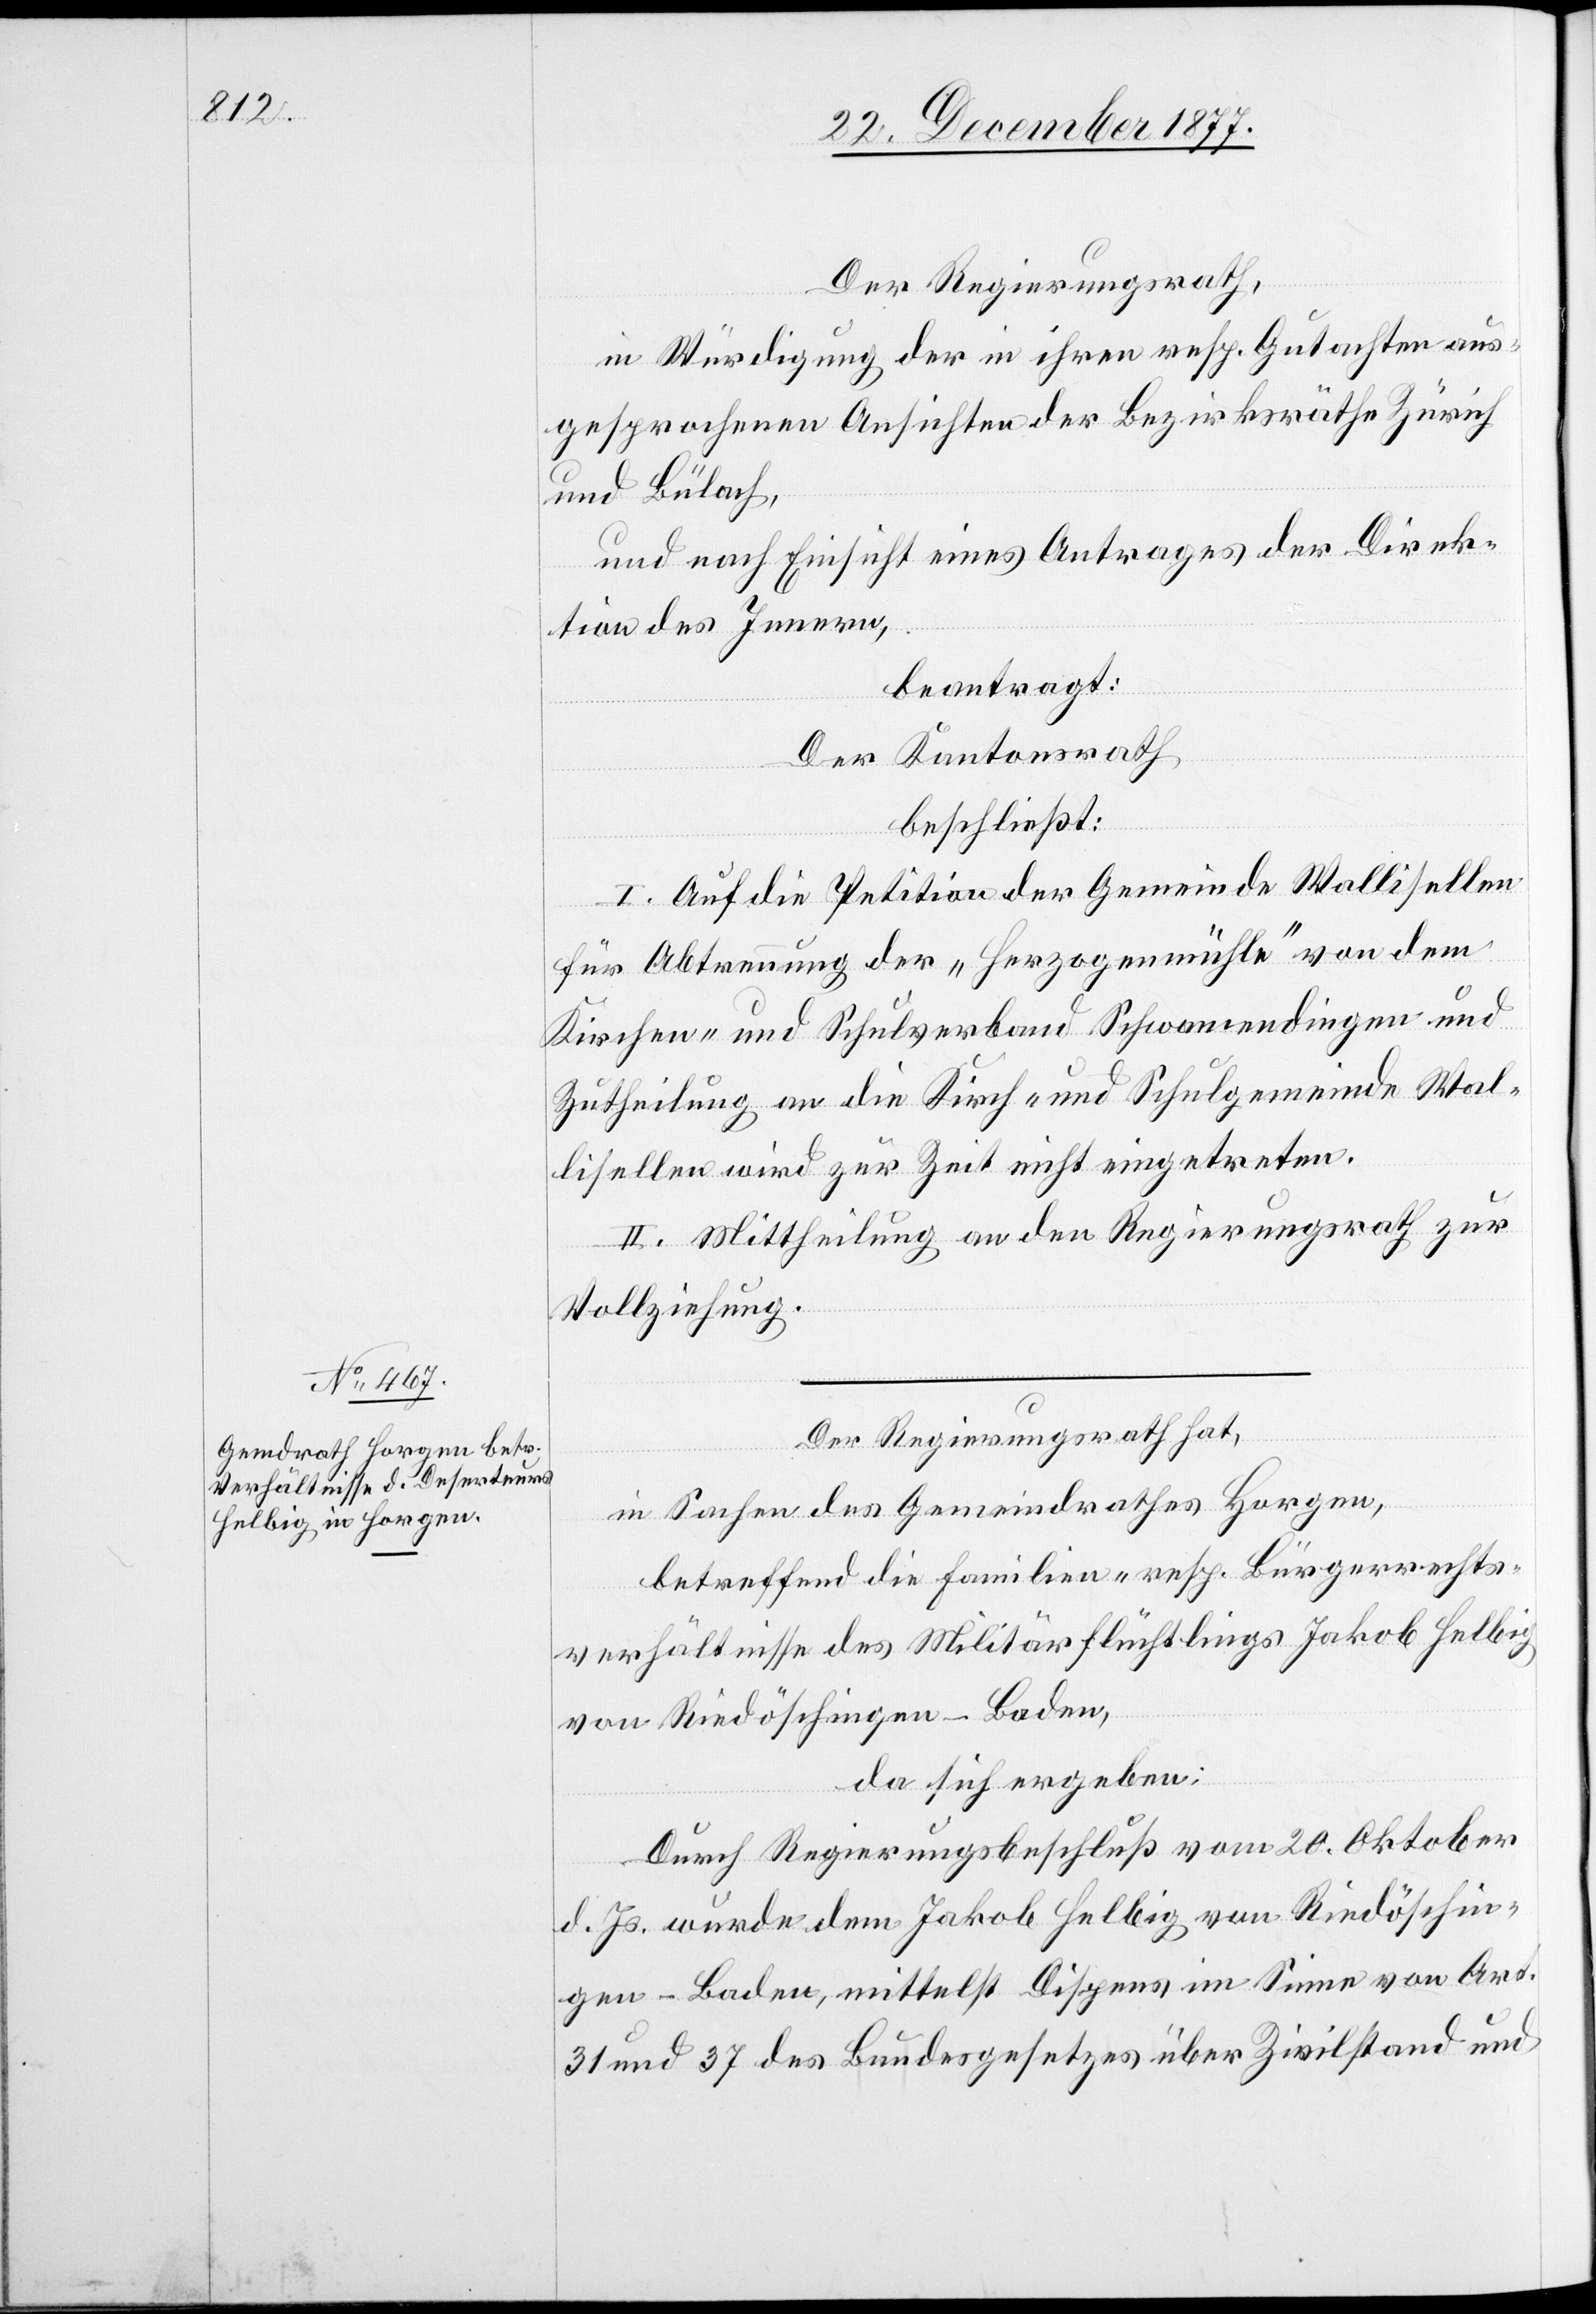
Der Regierungsrath hat,
in Sachen des Gemeindrathes Horgen,
betreffend die Familien- resp. Bürgerrechts¬
verhältnisse des Militärflüchtlings Jakob Helbig
von Riedöschingen - Baden,
da sich ergeben:
Durch Regierungsbeschluß vom 20. Oktober
d. Js. wurde dem Jakob Helbig von Riedöschin¬
gen - Baden, mittelst Dispens im Sinne von Art.
31 und 37 des Bundesgesetzes über Zivilstand und